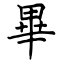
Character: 畢